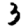
Digit: 3